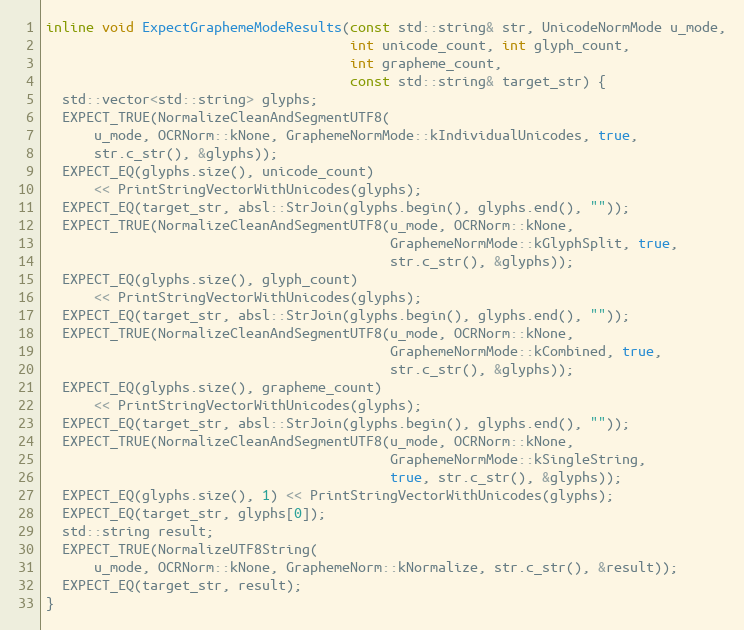
Language: C
inline void ExpectGraphemeModeResults(const std::string& str, UnicodeNormMode u_mode,
                                      int unicode_count, int glyph_count,
                                      int grapheme_count,
                                      const std::string& target_str) {
  std::vector<std::string> glyphs;
  EXPECT_TRUE(NormalizeCleanAndSegmentUTF8(
      u_mode, OCRNorm::kNone, GraphemeNormMode::kIndividualUnicodes, true,
      str.c_str(), &glyphs));
  EXPECT_EQ(glyphs.size(), unicode_count)
      << PrintStringVectorWithUnicodes(glyphs);
  EXPECT_EQ(target_str, absl::StrJoin(glyphs.begin(), glyphs.end(), ""));
  EXPECT_TRUE(NormalizeCleanAndSegmentUTF8(u_mode, OCRNorm::kNone,
                                           GraphemeNormMode::kGlyphSplit, true,
                                           str.c_str(), &glyphs));
  EXPECT_EQ(glyphs.size(), glyph_count)
      << PrintStringVectorWithUnicodes(glyphs);
  EXPECT_EQ(target_str, absl::StrJoin(glyphs.begin(), glyphs.end(), ""));
  EXPECT_TRUE(NormalizeCleanAndSegmentUTF8(u_mode, OCRNorm::kNone,
                                           GraphemeNormMode::kCombined, true,
                                           str.c_str(), &glyphs));
  EXPECT_EQ(glyphs.size(), grapheme_count)
      << PrintStringVectorWithUnicodes(glyphs);
  EXPECT_EQ(target_str, absl::StrJoin(glyphs.begin(), glyphs.end(), ""));
  EXPECT_TRUE(NormalizeCleanAndSegmentUTF8(u_mode, OCRNorm::kNone,
                                           GraphemeNormMode::kSingleString,
                                           true, str.c_str(), &glyphs));
  EXPECT_EQ(glyphs.size(), 1) << PrintStringVectorWithUnicodes(glyphs);
  EXPECT_EQ(target_str, glyphs[0]);
  std::string result;
  EXPECT_TRUE(NormalizeUTF8String(
      u_mode, OCRNorm::kNone, GraphemeNorm::kNormalize, str.c_str(), &result));
  EXPECT_EQ(target_str, result);
}